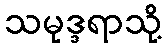
သမုဒ္ဒရာသို့